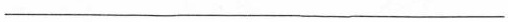
------------------